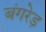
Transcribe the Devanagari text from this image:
बंगरेड़